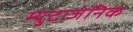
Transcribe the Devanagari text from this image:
म्युटाजेनिक